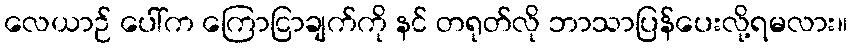
လေယာဉ် ပေါ်က ကြောငြာချက်ကို နင် တရုတ်လို ဘာသာပြန်ပေးလို့ရမလား။